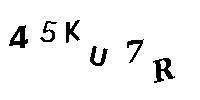
45KU7R